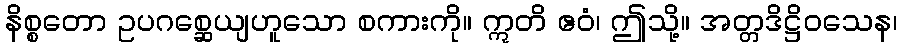
နိစ္စတော ဥပဂစ္ဆေယျဟူသော စကားကို။ ဣတိ ဧဝံ၊ ဤသို့။ အတ္တဒိဋ္ဌိဝသေန၊